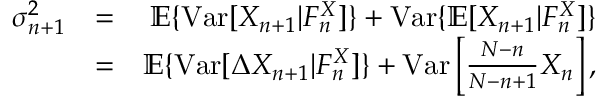
\begin{array} { r l r } { \sigma _ { n + 1 } ^ { 2 } } & { = } & { { \mathbb E } \{ \mathrm { V a r } [ X _ { n + 1 } | { \cal F } _ { n } ^ { X } ] \} + \mathrm { V a r } \{ { \mathbb E } [ X _ { n + 1 } | { \cal F } _ { n } ^ { X } ] \} } \\ & { = } & { { \mathbb E } \{ \mathrm { V a r } [ \Delta X _ { n + 1 } | { \cal F } _ { n } ^ { X } ] \} + \mathrm { V a r } \left[ \frac { N - n } { N - n + 1 } X _ { n } \right] , } \end{array}